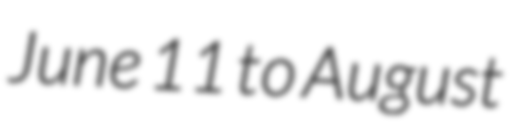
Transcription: June 11 to August